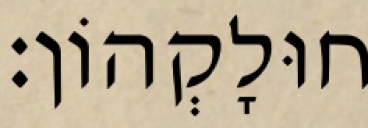
חוּלָקְהוֹן׃